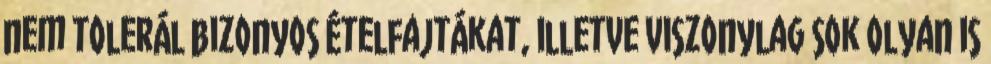
nem tolerál bizonyos ételfajtákat, illetve viszonylag sok olyan is